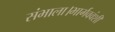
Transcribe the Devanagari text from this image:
संभाला।भार्गववंशी